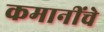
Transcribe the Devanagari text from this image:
कमानींचे